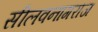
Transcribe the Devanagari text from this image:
सीलवनागराज